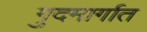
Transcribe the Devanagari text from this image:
गुदमार्गात